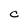
Character: c